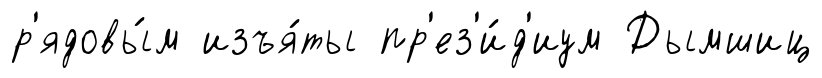
р'ядовы́м изъя́ты пр'ез'и́д'иум Дымшиц